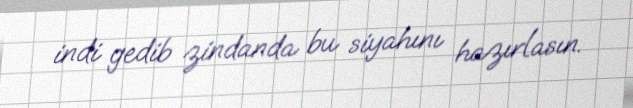
indi gedib zindanda bu siyahını hazırlasın.